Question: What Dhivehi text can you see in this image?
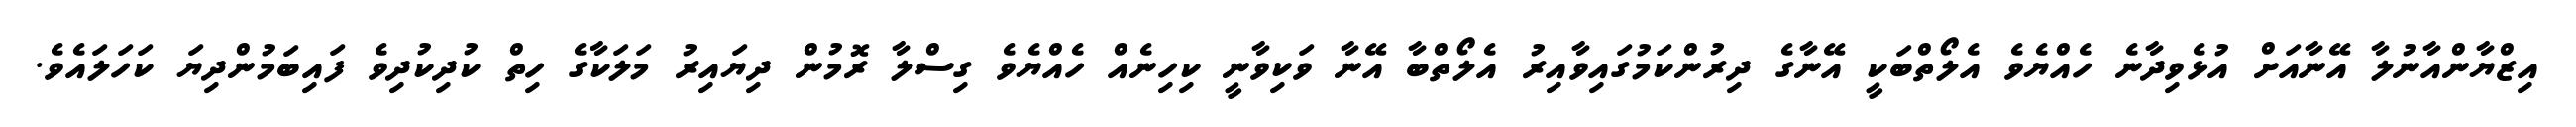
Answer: އިޒްޔާންއާނުލާ އޭނާއަށް އުޅެވިދާނެ ހެއްޔެވެ އެލޯތްބަކީ އޭނާގެ ދިރުންކަމުގައިވާއިރު އެލޯތްބާ އޭނާ ވަކިވާނީ ކިހިނެއް ހެއްޔެވެ ގިސްލާ ރޮމުން ދިޔައިރު މަލަކާގެ ހިތް ކުދިކުދިވެ ފައިބަމުންދިޔަ ކަހަލައެވެ.